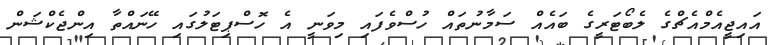
އައިޖީއެމްއެޗްގެ ލެބޯޓަރީގެ ބައެއް ސަމާނުތައް ހުސްވެފައި މިވަނީ އެ ހޮސްޕިޓަލުގައި ހޭނައްތާ އިންޖެކްޝަން